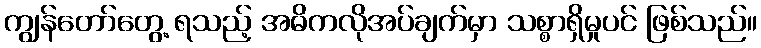
ကျွန်တော်တွေ့ ရသည့် အဓိကလိုအပ်ချက်မှာ သစ္စာရှိမှုပင် ဖြစ်သည်။